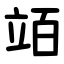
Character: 竡